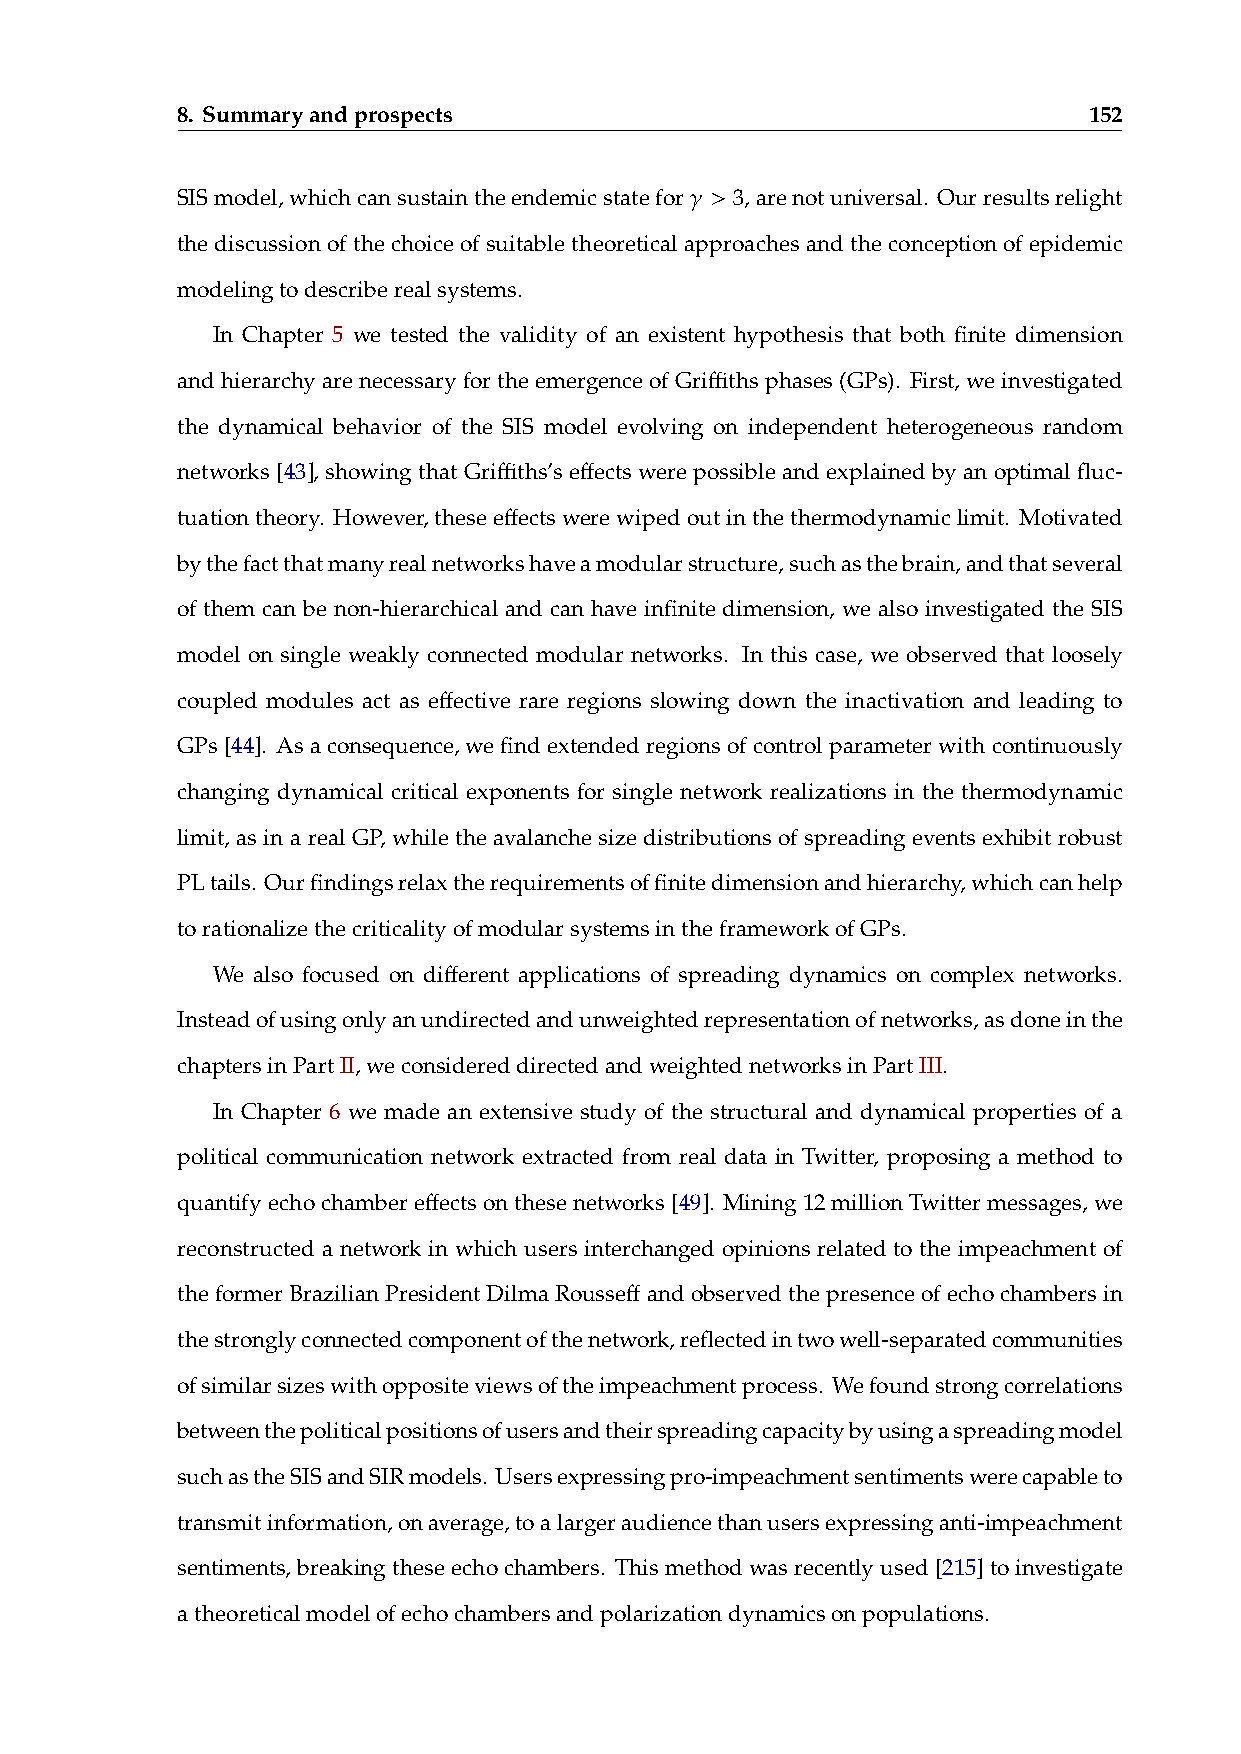
8. Summaryandprospects                                      152
 𝛾 >
 SISmodel,whichcansustaintheendemicstatefor 3,arenotuniversal. Ourresultsrelight
 thediscussionofthechoiceofsuitabletheoreticalapproachesandtheconceptionofepidemic
 modelingtodescriberealsystems.
 In Chapter 5 we tested the validity of an existent hypothesis that both finite dimension
 andhierarchyarenecessaryfortheemergenceofGriffithsphases(GPs). First,weinvestigated
 the dynamical behavior of the SIS model evolving on independent heterogeneous random
 networks[43], showingthatGriffiths’seffectswerepossibleandexplainedbyanoptimalfluc-
 tuationtheory. However,theseeffectswerewipedoutinthethermodynamiclimit. Motivated
 bythefactthatmanyrealnetworkshaveamodularstructure,suchasthebrain,andthatseveral
 of them can be non-hierarchical and can have infinite dimension, we also investigated the SIS
 model on single weakly connected modular networks. In this case, we observed that loosely
 coupled modules act as effective rare regions slowing down the inactivation and leading to
 GPs[44]. Asaconsequence,wefindextendedregionsofcontrolparameterwithcontinuously
 changing dynamical critical exponents for single network realizations in the thermodynamic
 limit, as in a real GP, while the avalanche size distributions of spreading events exhibit robust
 PLtails. Ourfindingsrelaxtherequirementsoffinitedimensionandhierarchy,whichcanhelp
 torationalizethecriticalityofmodularsystemsintheframeworkofGPs.
 We also focused on different applications of spreading dynamics on complex networks.
 Insteadofusingonlyanundirectedandunweightedrepresentationofnetworks,asdoneinthe
 chaptersinPartII,weconsidereddirectedandweightednetworksinPartIII.
 In Chapter 6 we made an extensive study of the structural and dynamical properties of a
 political communication network extracted from real data in Twitter, proposing a method to
 quantifyechochambereffectsonthesenetworks[49]. Mining12millionTwittermessages,we
 reconstructed a network in which users interchanged opinions related to the impeachment of
 theformerBrazilianPresidentDilmaRousseffandobservedthepresenceofechochambersin
 thestronglyconnectedcomponentofthenetwork,reflectedintwowell-separatedcommunities
 ofsimilarsizeswithoppositeviewsoftheimpeachmentprocess. Wefoundstrongcorrelations
 betweenthepoliticalpositionsofusersandtheirspreadingcapacitybyusingaspreadingmodel
 suchastheSISandSIRmodels. Usersexpressingpro-impeachmentsentimentswerecapableto
 transmitinformation,onaverage,toalargeraudiencethanusersexpressinganti-impeachment
 sentiments,breakingtheseechochambers. Thismethodwasrecentlyused[215]toinvestigate
 atheoreticalmodelofechochambersandpolarizationdynamicsonpopulations.